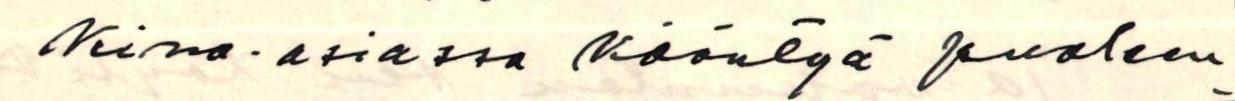
kina-asiassa kääntyä puoleen-